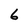
Character: 6